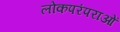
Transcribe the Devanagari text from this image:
लोकपरंपराओं